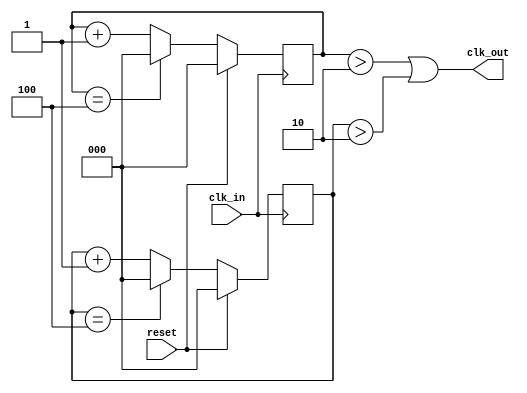
/* Integer divide-by-N */

module ClockDivideByN #(
    parameter N = 5
)
(
    input clk_in,
    input reset,
    output clk_out
);
    localparam WIDTH = clogb2(N);

    reg [WIDTH-1:0] pos_count, neg_count;
    wire [WIDTH-1:0] r_nxt;

    always @(posedge clk_in)
    if (reset)
        pos_count <= 0;
    else if (pos_count == N-1) pos_count <= 0;
    else pos_count <= pos_count +1;

    always @(negedge clk_in)
    if (reset)
        neg_count <= 0;
    else if (neg_count == N-1) neg_count <= 0;
    else neg_count <= neg_count +1;

    assign clk_out = ((pos_count > (N>>1)) | (neg_count > (N>>1)));

    function integer clogb2;
        input [31:0] value;
        begin
            value = value - 1;
            for (clogb2 = 0; value > 0; clogb2 = clogb2 + 1) begin
                value = value >> 1;
            end
        end
    endfunction
endmodule